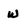
Character: W